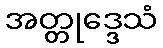
အတ္တုဒ္ဒေသံ